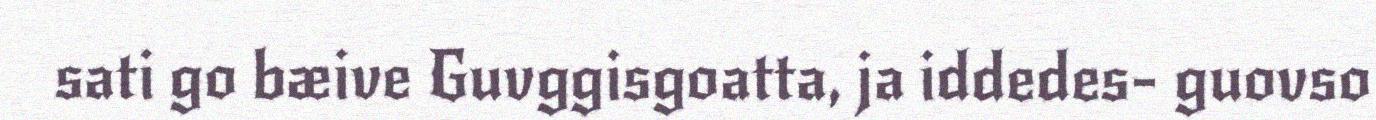
sati go bæive Guvggisgoatta, ja iddedes- guovso